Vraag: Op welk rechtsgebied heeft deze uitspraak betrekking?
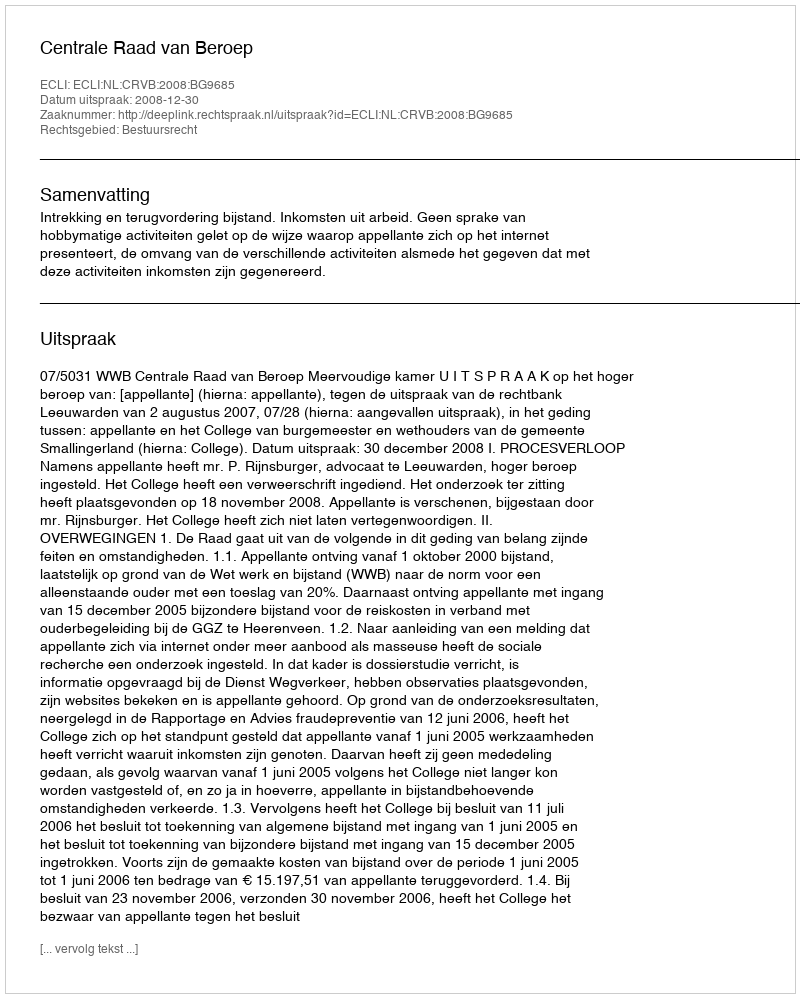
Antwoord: Bestuursrecht